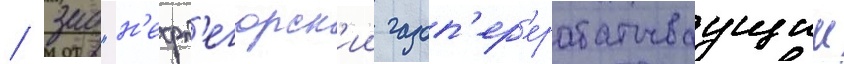
/ зао "н'ефт'егорск'ии газоп'ер'ерабатываущии